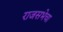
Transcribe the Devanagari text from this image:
राजसभेचा